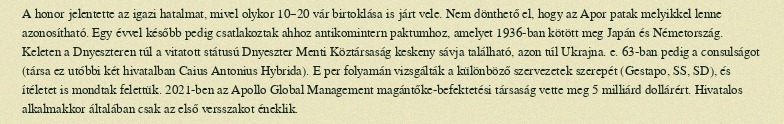
A honor jelentette az igazi hatalmat, mivel olykor 10–20 vár birtoklása is járt vele. Nem dönthető el, hogy az Apor patak melyikkel lenne azonosítható. Egy évvel később pedig csatlakoztak ahhoz antikomintern paktumhoz, amelyet 1936-ban kötött meg Japán és Németország. Keleten a Dnyeszteren túl a vitatott státusú Dnyeszter Menti Köztársaság keskeny sávja található, azon túl Ukrajna. e. 63-ban pedig a consulságot (társa ez utóbbi két hivatalban Caius Antonius Hybrida). E per folyamán vizsgálták a különböző szervezetek szerepét (Gestapo, SS, SD), és ítéletet is mondtak felettük. 2021-ben az Apollo Global Management magántőke-befektetési társaság vette meg 5 milliárd dollárért. Hivatalos alkalmakkor általában csak az első versszakot éneklik.